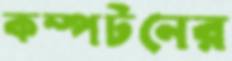
কম্পটনের